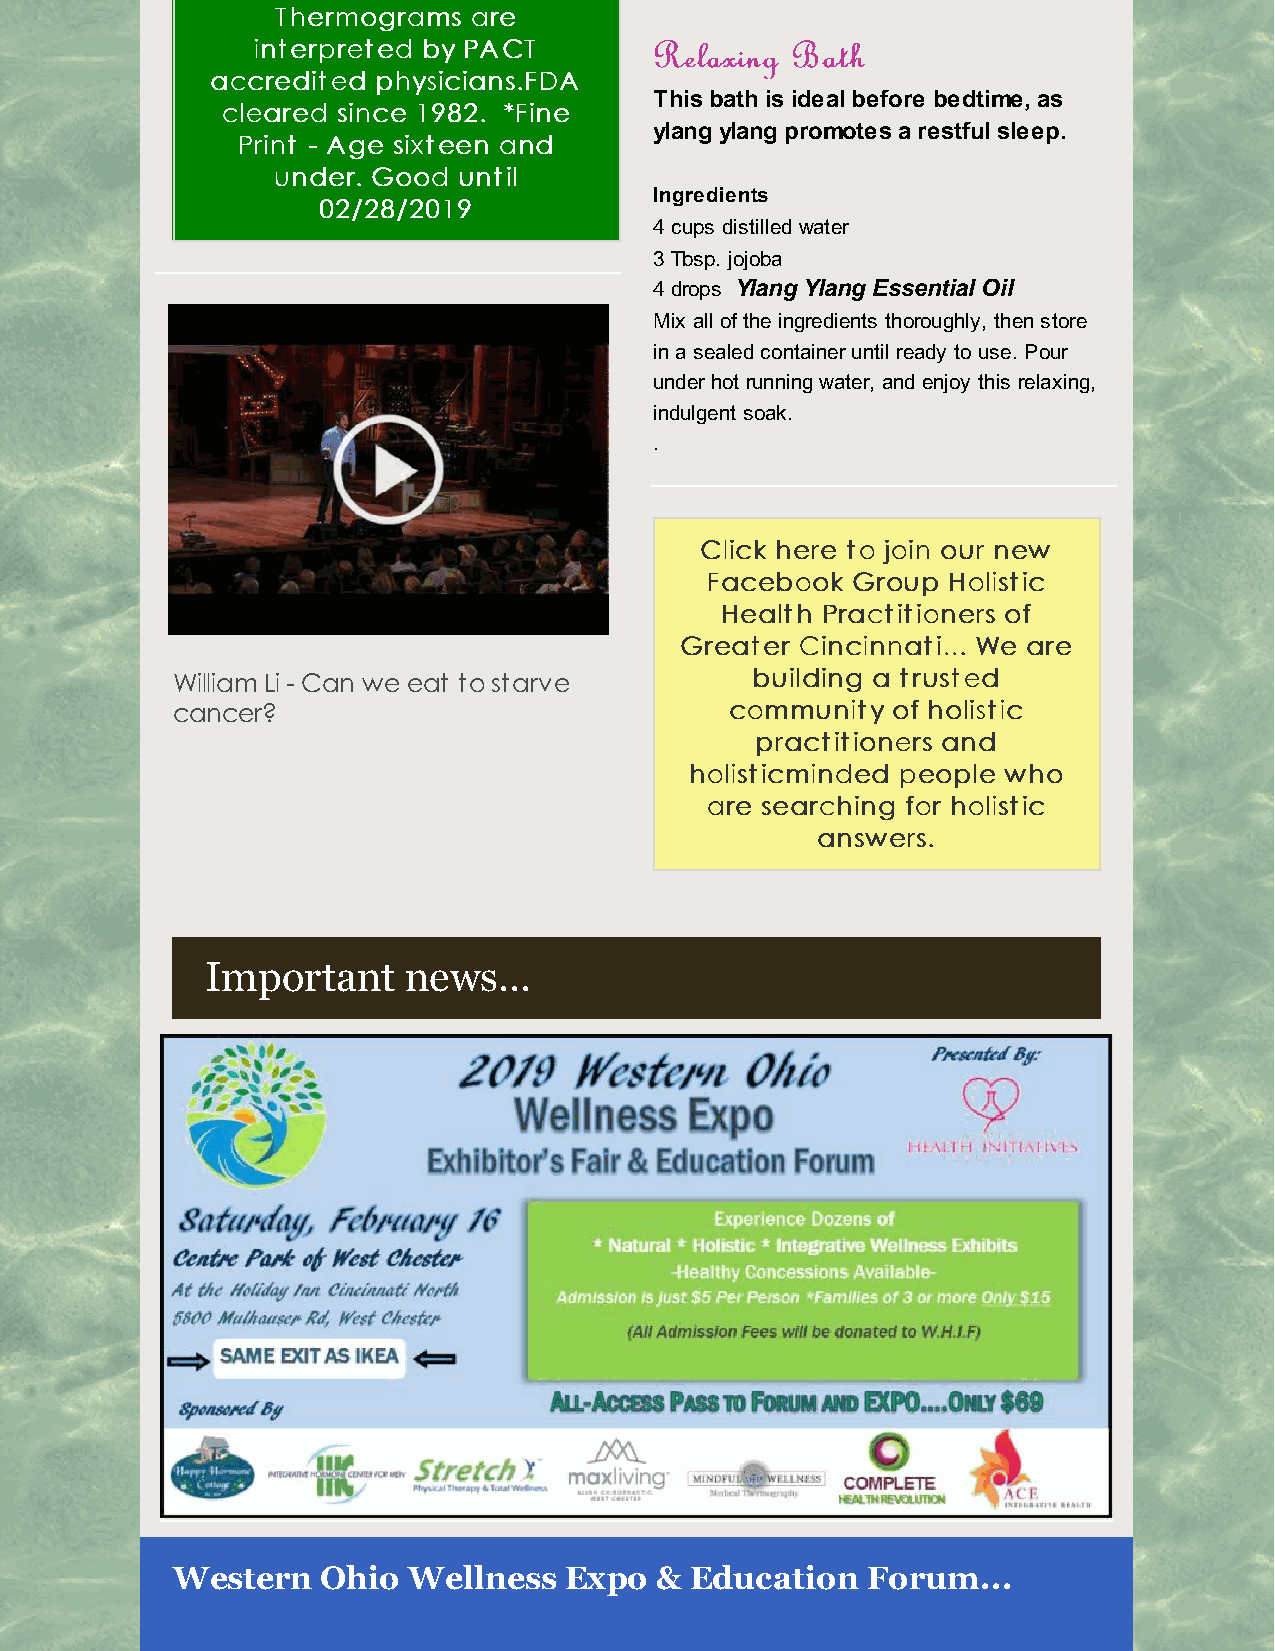
TThheerrmmooggrraammss aarree
 iinntteerrpprreetteedd bbyy PPAACCTT RReellaaxxiinngg BBaatthh
 aaccccrreeddiitteedd pphhyyssiicciiaannss..FFDDAA
 This bath is ideal before bedtime, as
 cclleeaarreedd ssiinnccee 11998822.. **FFiinnee
 ylang ylang promotes a restful sleep.
 PPrriinntt -- AAggee ssiixxtteeeenn aanndd
 uunnddeerr.. GGoooodd uunnttiill
 Ingredients
 0022//2288//22001199
 4 cups distilled water
 3 Tbsp. jojoba
 4 drops Ylang Ylang Essential Oil
 Mix all of the ingredients thoroughly, then store
 in a sealed container until ready to use. Pour
 under hot running water, and enjoy this relaxing,
 indulgent soak.
 .
 CClliicckk hheerree ttoo jjooiinn oouurr nneeww
 FFaacceebbooookk GGrroouupp HHoolliissttiicc
 HHeeaalltthh PPrraaccttiittiioonneerrss ooff
 GGrreeaatteerr CCiinncciinnnnaattii...... WWee aarree
 William Li - Can we eat to starve      bbuuiillddiinngg aa ttrruusstteedd
 cancer?                              ccoommmmuunniittyy ooff hhoolliissttiicc
 pprraaccttiittiioonneerrss aanndd
 hhoolliissttiiccmmiinnddeedd ppeeooppllee wwhhoo
 aarree sseeaarrcchhiinngg ffoorr hhoolliissttiicc
 aannsswweerrss..
 Important    news...
 Western   Ohio  Wellness  Expo  &  Education  Forum...